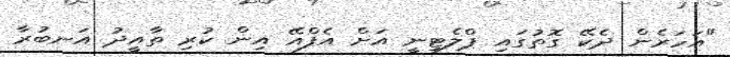
"އަހަރެން ދެކޭ ގޮތުގައި ޕްލެޓިނީ އަށް އެފްއޭ އިން ކުރި ތާއީދު އަނބުރާ